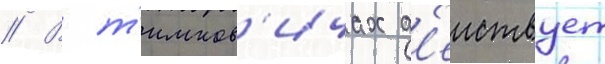
// В т'имков'ичах д'еиствует